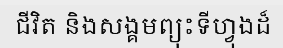
ជីវិត និងសង្គមព្យុះទីហ្វុងដ៏